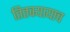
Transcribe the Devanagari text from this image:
तितक्यायाच